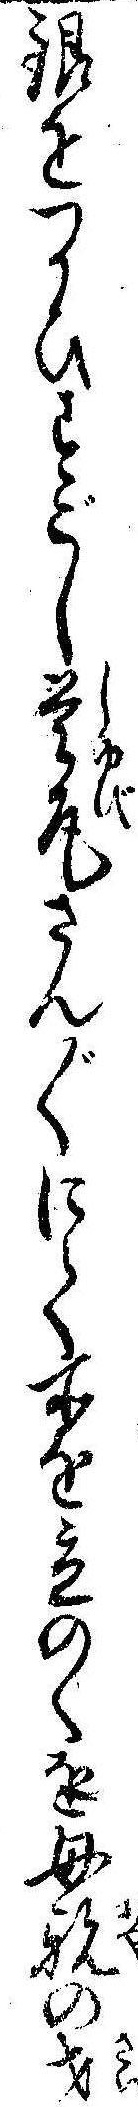
銀をつかひすごし首尾さん〲にて所を立のくを母親の才